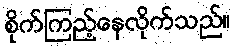
စိုက်ကြည့်နေလိုက်သည်။